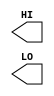
module sky130_fd_sc_hdll__conb (
    HI,
    LO
);

    output HI;
    output LO;

    // Voltage supply signals
    supply1 VPWR;
    supply0 VGND;
    supply1 VPB ;
    supply0 VNB ;

endmodule